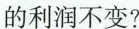
的利润不变？